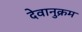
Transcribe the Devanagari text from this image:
देवानुक्रम